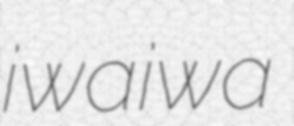
iwaiwa